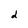
Character: d